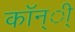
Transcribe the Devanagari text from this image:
कॉन्ी्